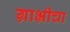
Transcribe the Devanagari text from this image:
ग्राभ्रीचा